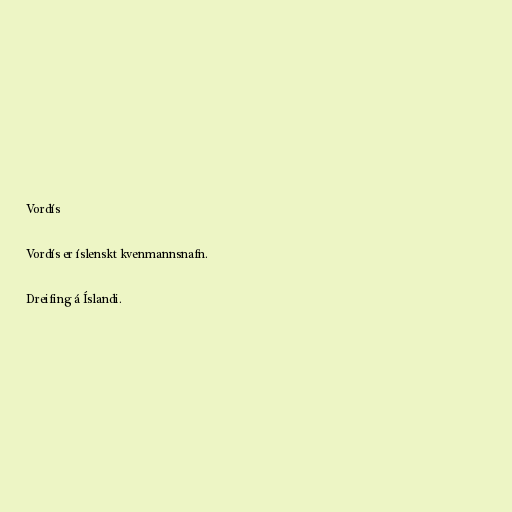
Vordís

Vordís er íslenskt kvenmannsnafn.

Dreifing á Íslandi.